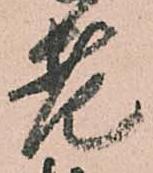
老